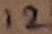
Text: 12